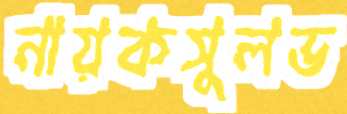
নায়কসুলভ